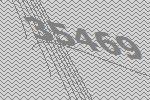
35469